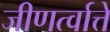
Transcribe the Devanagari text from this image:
जीणर्त्वात्ते